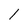
Character: l